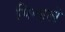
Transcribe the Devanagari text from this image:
पि॰हले